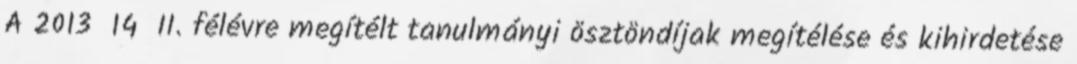
A 2013 14 II. félévre megítélt tanulmányi ösztöndíjak megítélése és kihirdetése